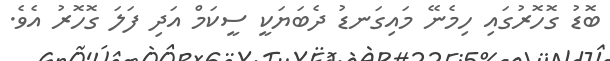
ބޮޑު ގޮހޮރުގައި ހިމެނޭ މައިގަނޑު ދެބަޔަކީ ސީކަމް އަދި ފަލަ ގޮހޮރު އެވެ.